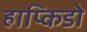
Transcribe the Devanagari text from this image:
हाप्किडो